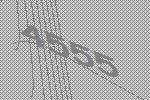
4555